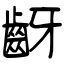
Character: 齖